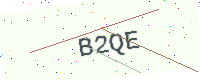
Text: B2QE